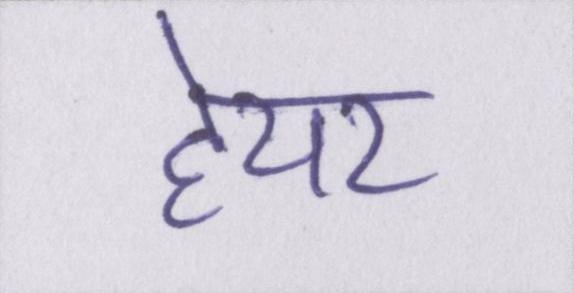
हेयर